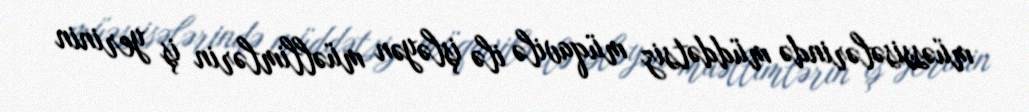
müəssisələrində müddətsiz müqavilə ilə işləyən müəllimlərin iş yerinin